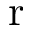
\mathrm { r }